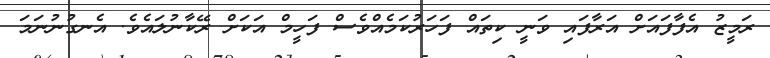
ރަމީޒު އެފާފައަށް އަރާފައި ވަނީ ކިތައް ފަހަރުކަމެއްވެސް ފަހީމް އަކަށް ރޭކާނުލައެވެ. އެނގުނުނަމަ